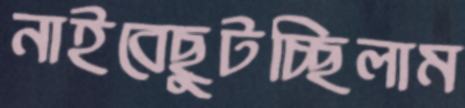
নাইবেছুটচ্ছিলাম